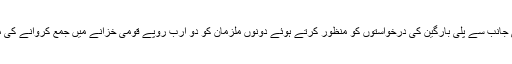
اس موقع پر چیئرمین نیب نے مشتاق رئیسانی اور خالد لانگو کی جانب سے پلی بارگین کی درخواستوں کو منظور کرتے ہوئے دونوں ملزمان کو دو ارب روپے قومی خزانے میں جمع کروانے کی منظوری دیتے ہوئے کیس ختم کرنے کے احکامات جاری کیے۔